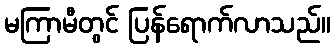
မကြာမီတွင် ပြန်ရောက်လာသည်။